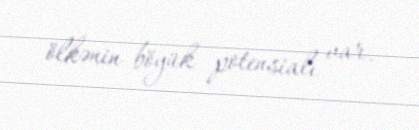
ölkənin böyük potensialı var.